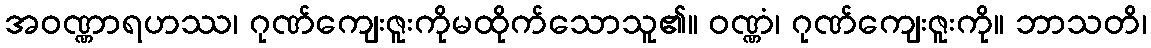
အဝဏ္ဏာရဟဿ၊ ဂုဏ်ကျေးဇူးကိုမထိုက်သောသူ၏။ ဝဏ္ဏံ၊ ဂုဏ်ကျေးဇူးကို။ ဘာသတိ၊